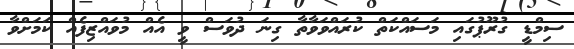
ސިމްޑީ ގުރޫޕުގައި މަސައްކަތް ކުރައްވަވާތާ ގިނަ ދުވަސް ވީ އެއް މުވައްޒިފެއް ކަމަށްވާ